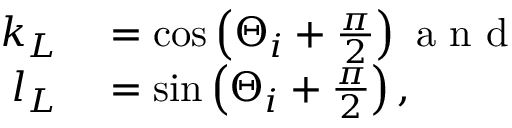
\begin{array} { r l } { k _ { L } } & { { } = \cos \left( \Theta _ { i } + \frac { \pi } { 2 } \right) \mathrm { ~ a ~ n ~ d ~ } } \\ { l _ { L } } & { { } = \sin \left( \Theta _ { i } + \frac { \pi } { 2 } \right) , } \end{array}